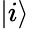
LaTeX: \left\vert i\right\rangle